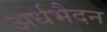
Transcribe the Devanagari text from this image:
अर्धभैदन